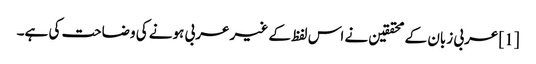
[1] عربی زبان کے محققین نے اس لفظ کے غیر عربی ہونے کی وضاحت کی ہے۔